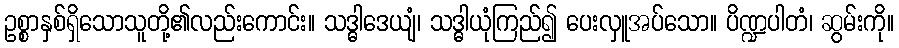
ဥစ္စာနှစ်ရှိသောသူတို့၏လည်းကောင်း။ သဒ္ဓါဒေယျံ၊ သဒ္ဓါယုံကြည်၍ ပေးလှူအပ်သော။ ပိဏ္ဍပါတံ၊ ဆွမ်းကို။